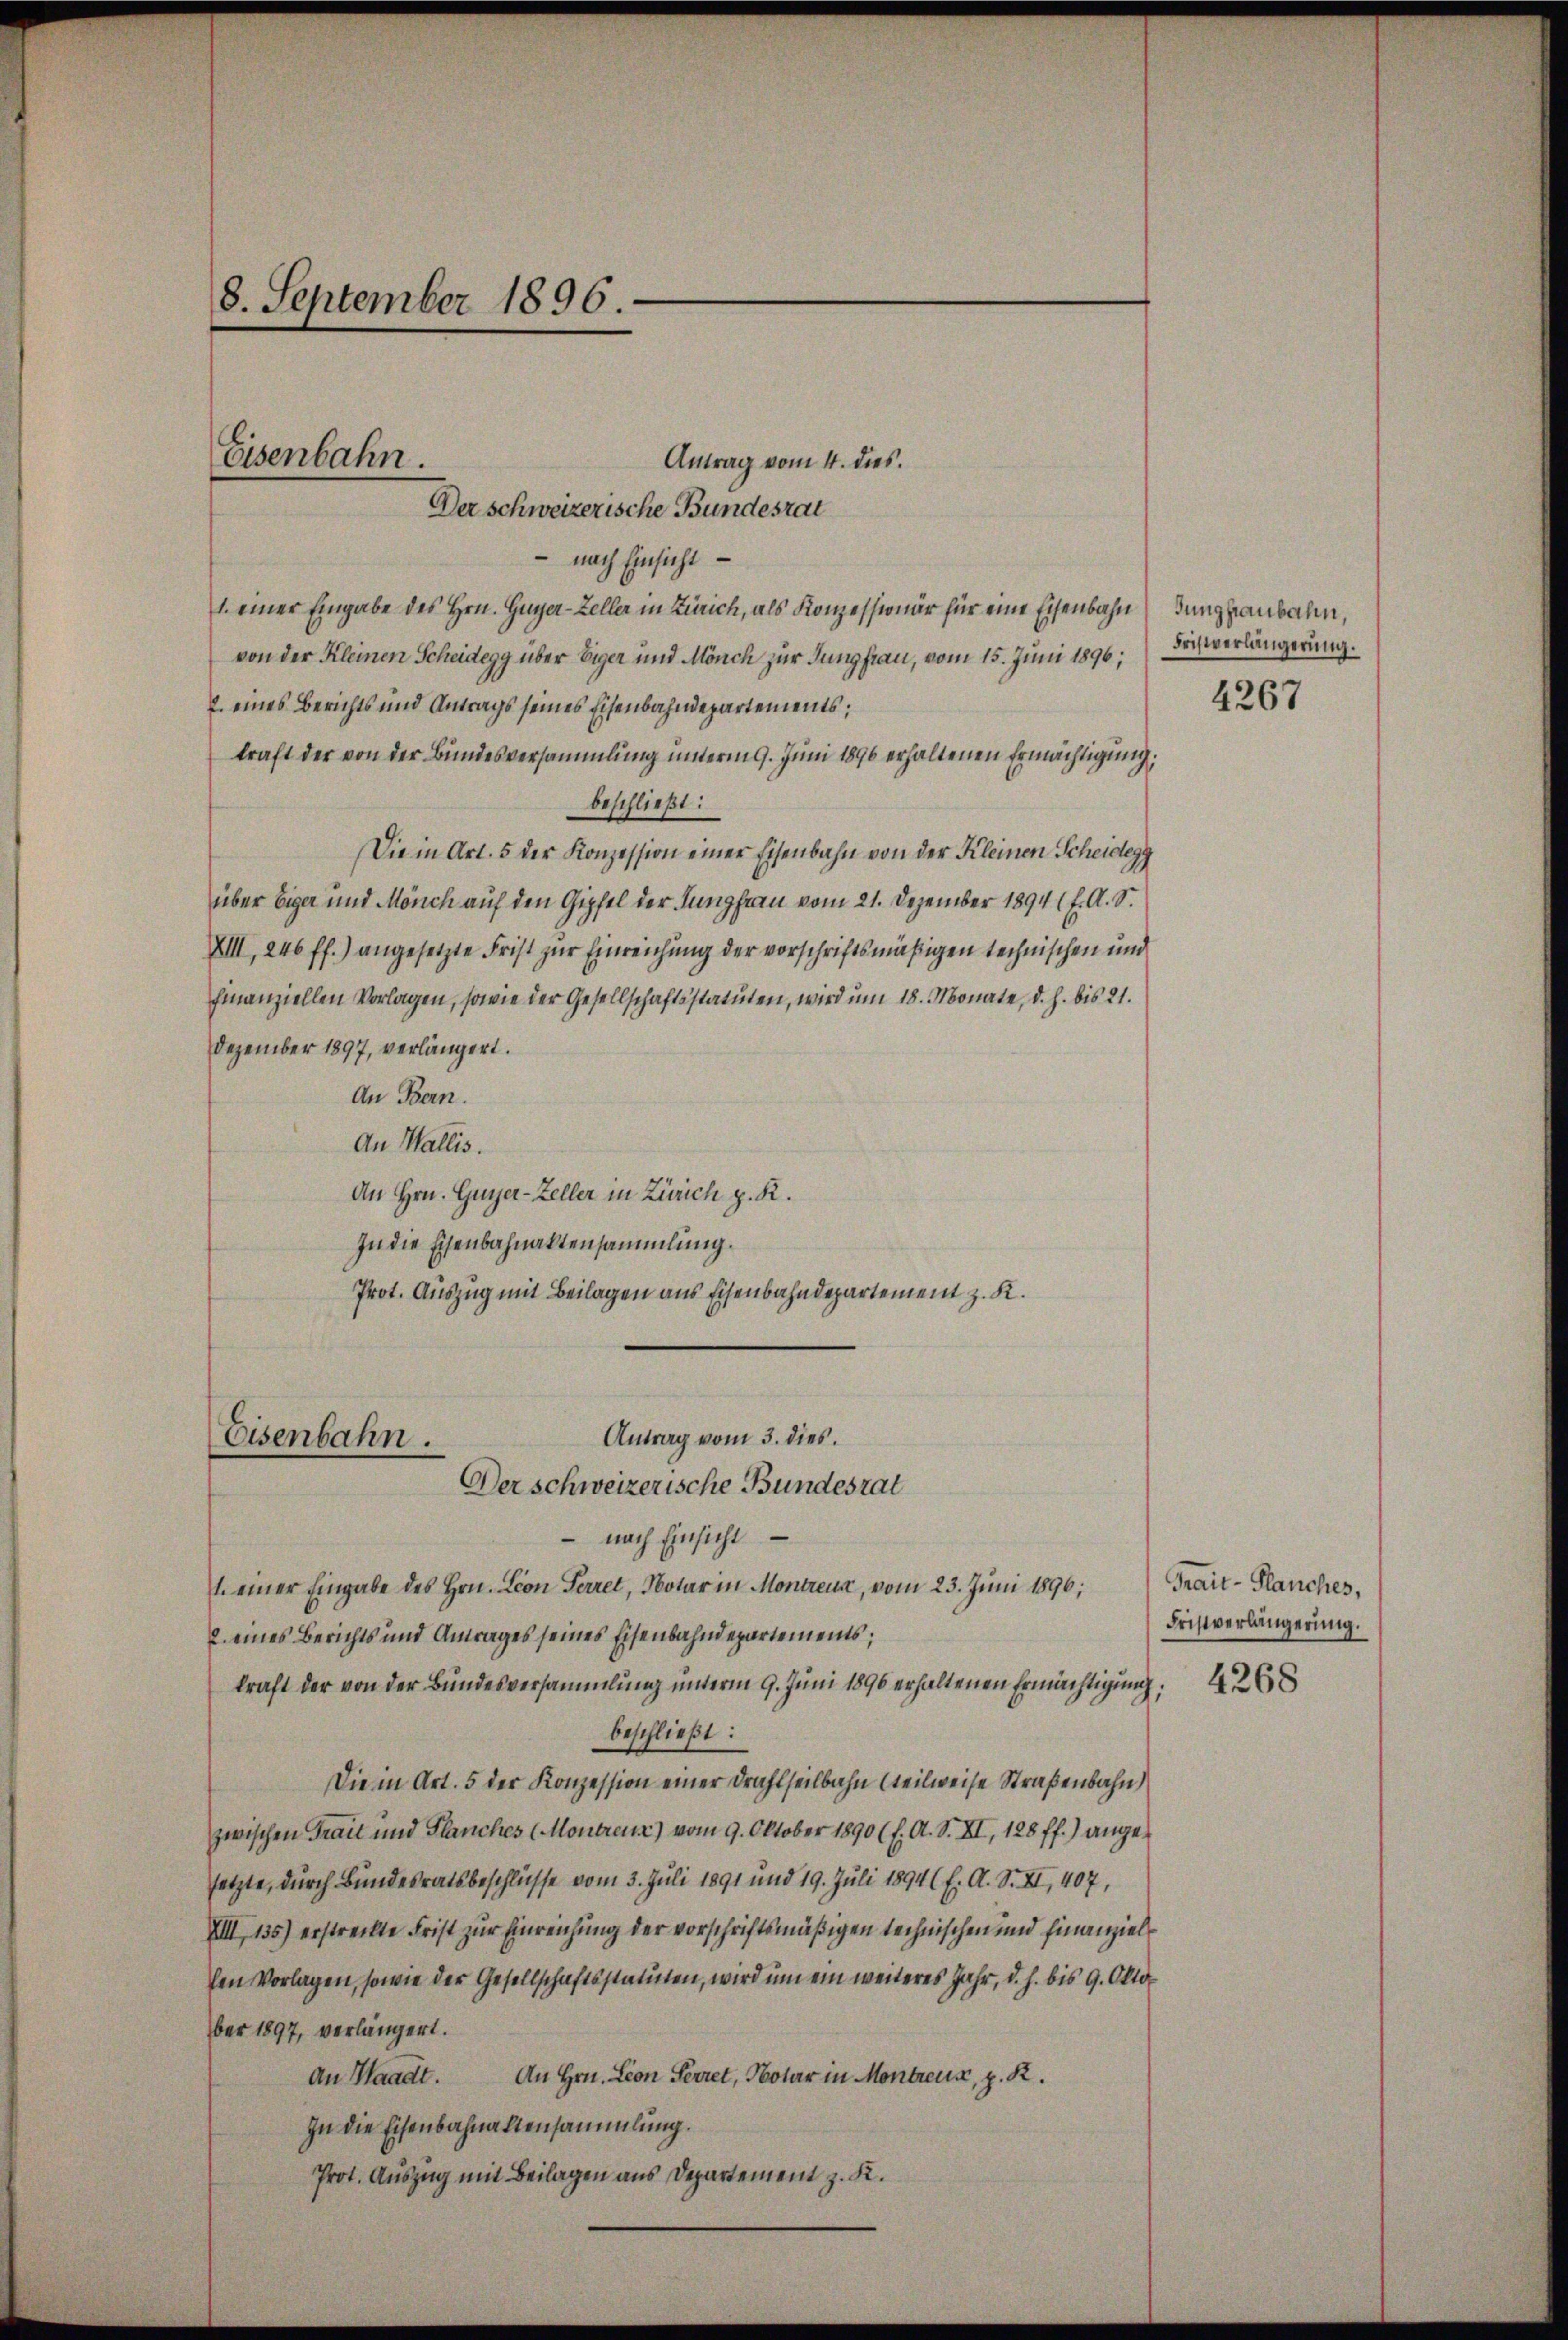
8. September 1896.

Antrag vom 4. dies.
- nach Einsicht
1 einer Eingabe des Hrn. Guyer-Zeller in Zürich, als Konzessionär für eine Eisenbahn unglaubahn,
von der Kleinen Scheidegg über Eiger und Mönch zur Jungfrau, vom 15. Juni 1896;
2. eines Berichts und Antrags seines Eisenbahndepartements;
kraft der von der Bundesversammlung unterm 9. Juni 1890 erhaltenen Ermächtigung,
beschließt:
Die in Art. 5 der Konzession einer Eisenbahn von der Kleinen Scheidegg
über Eiger und Mönch auf den Gipfel der Jungfrau vom 21. Dezember 1894 1 f. A. S.
XIII, 246 ff.) angesetzte Frist zur Einreichung der vorschriftsmäßigen technischen und
finanziellen Vorlagen, sowie der Gesellschaftsstatuten, wird um 18. Monate, d. h. bis 21.
Dezember 1897, verlängert.
An Bern.
An Wallis.
An Hrn. Guyer-Zeller in Zürich z. R.
In die Eisenbahnaktensammlung.
Prot. Auszug mit Beilagen aus Eisenbahndepartement z. K.

Eisenbahn.
Der schweizerische Bundesrat

Antrag vom 3. dies.
Eisenbahn.
Der schweizerische Bundesrat

- nach Einsicht
l. einer Eingabe des Hrn. Leon Ferret, Notar in Montreux, vom 23. Jŭni 1896, Frait-Planches,
2. eines Berichts und Antrages seines Eisenbahndepartements;
kraft der von der Bŭndesversammlŭng ŭnterm 9. Jŭni 1890 erhaltenen Ermächtigŭng:
beschließt:
Die in Art. 5 der Konzession einer Drahlseilbahn steilweise Straßenbahn)
zwischen Trait und Planches Montreux) vom 9. Oktober 1890 (l. A. S. XI, 128 ff.) angesetzte, durch Bundesratsbeschlüsse vom 3. Juli 1891 und 19. Juli 1894 (f. A. S. XI, 407,
XIII, 135) erstreckte Frist zur Einreichung der vorschriftsmäßigen technischen und Finanzielhen Vorlagen, sowie der Gesellschaftsstatuten, wird um ein weiteres Jahr, d. h. bis 9. Oktober 1897, verlängert.
An Waadt. An Hrn. Lion Serret, Notar in Montreux, p. R.
zu die Eisenbahnallensammlung.
Prot. Auszug mit Beilagen aus Departement z. K.

Fristverlängerung.

4267

Fristverlängerung.